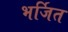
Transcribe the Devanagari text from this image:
भर्जित